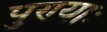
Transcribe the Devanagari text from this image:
पुण्याः